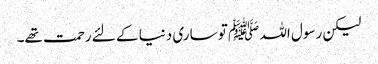
لیکن رسول اللہ ﷺ تو ساری دنیا کے لئے رحمت تھے۔